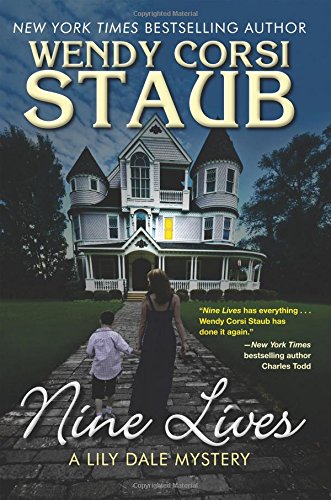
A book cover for Nine Lives: A Lily Dale Mystery; Wendy Corsi Staub; Mystery, Thriller & Suspense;